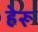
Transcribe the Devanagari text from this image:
हेरू